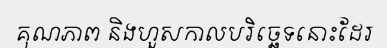
គុណភាព និងហួសកាលបរិច្ឆេទនោះដែរ